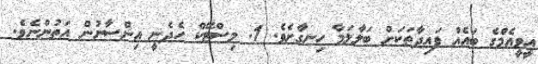
އީވީއެމްގެ ބައެއް ފައިދާތަކަށް ބަލާލަމާ ހިނގާށެވެ. 1. މިސްޓޭކް ހެދެނީ އިންސާނުން އަތުންނެވެ.